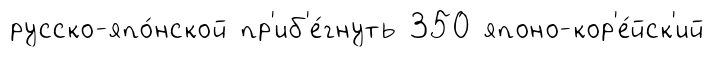
русско-япо́нской пр'иб'е́гнуть 350 японо-кор'е́йск'ий